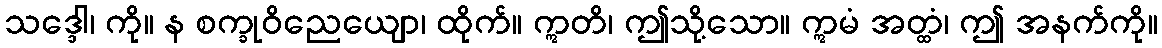
သဒ္ဒေါ၊ ကို။ န စက္ခုဝိညေယျော၊ ထိုက်။ ဣတိ၊ ဤသို့သော။ ဣမံ အတ္ထံ၊ ဤ အနက်ကို။